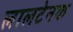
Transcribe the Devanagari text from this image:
लालटेनक